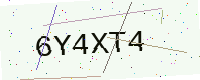
Text: 6Y4XT4